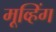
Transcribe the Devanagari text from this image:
मूव्हिंग